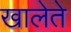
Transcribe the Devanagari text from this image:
खालेते